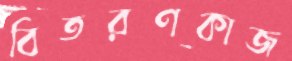
বিতরণকাজ